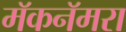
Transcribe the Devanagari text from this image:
मॅकनॅमरा